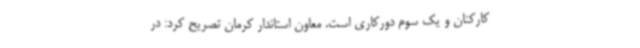
کارکنان و یک سوم دورکاری است. معاون استاندار کرمان تصریح کرد: در